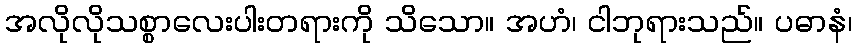
အလိုလိုသစ္စာလေးပါးတရားကို သိသော။ အဟံ၊ ငါဘုရားသည်။ ပဓာနံ၊